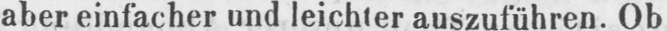
aber einfacher und leichter auszuführen. Ob